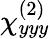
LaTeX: \chi_{yyy}^{(2)}